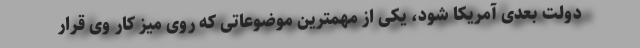
دولت بعدی آمریکا شود، یکی از مهمترین موضوعاتی که روی میز کار وی قرار